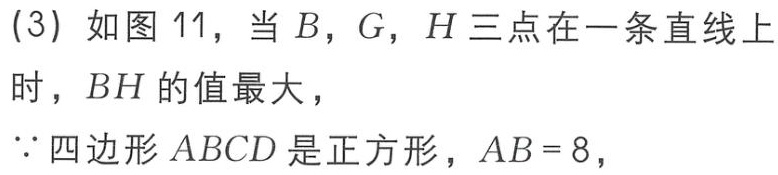
(3) 如图 11，当 \(B\)，\(G\)，\(H\) 三点在一条直线上时，\(BH\) 的值最大，
\(\because\) 四边形 \(ABCD\) 是正方形，\(AB = 8\)，